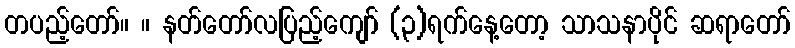
တပည့်တော်။ ။ နတ်တော်လပြည့်ကျော် (၃)ရက်နေ့တော့ သာသနာပိုင် ဆရာတော်